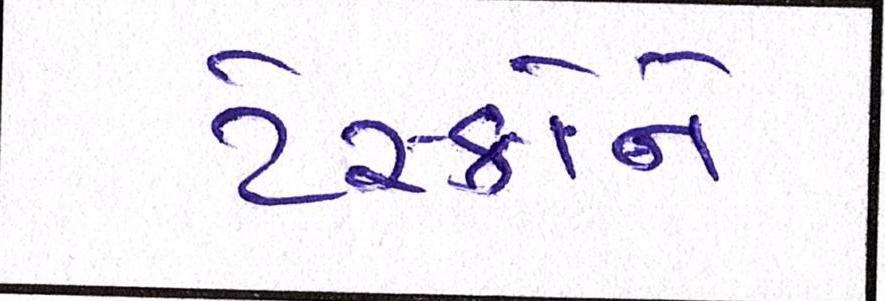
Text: ટેસ્કોને